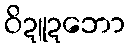
ဝိဍူဍဘော